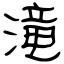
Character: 滝